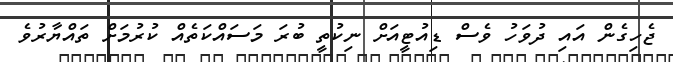
ޖެހިގެން އައި ދުވަހު ވެސް ޑިއުޓީއަށް ނިކުތީ ބުރަ މަސައްކަތެއް ކުރުމަށް ތައްޔާރުވެ